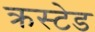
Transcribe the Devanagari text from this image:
क्रस्टेड